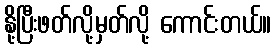
နို့ပြီးဖတ်လို့မှတ်လို့ ကောင်းတယ်။